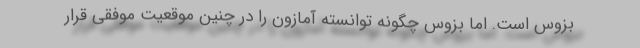
بزوس است. اما بزوس چگونه توانسته آمازون را در چنین موقعیت موفقی قرار